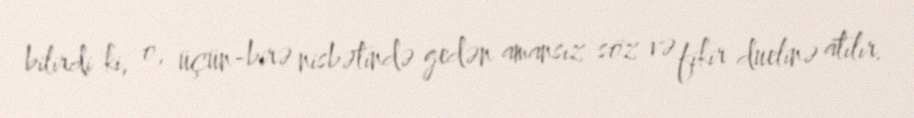
bilirdi ki, o, üçün-birə nisbətində gedən amansız söz və fikir duelinə atılır.